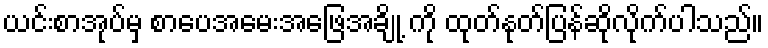
ယင်းစာအုပ်မှ စာပေအမေးအဖြေအချို့ ကို ထုတ်နုတ်ပြန်ဆိုလိုက်ပါသည်။